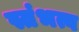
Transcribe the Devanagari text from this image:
स्तंभत्व